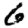
Digit: 6